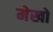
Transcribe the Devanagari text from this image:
मेखो